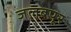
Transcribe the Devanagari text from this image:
जलबपूर